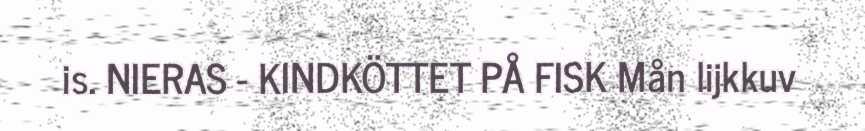
is. NIERAS - KINDKÖTTET PÅ FISK Mån lijkkuv